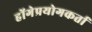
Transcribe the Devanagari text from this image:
होंगेप्रयोगकर्ता